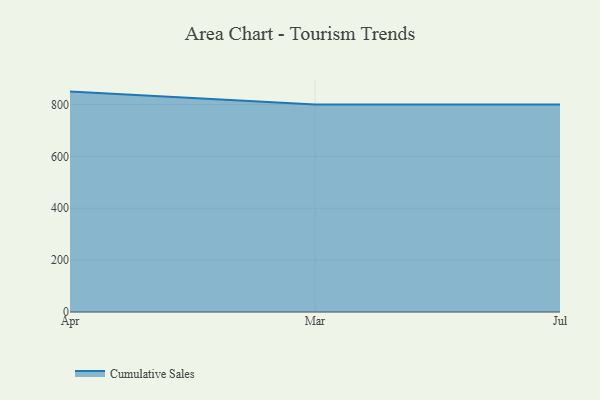
{"axis": {"x": "Month", "y": "Conversion Rate (%)"}, "legend": ["Cumulative Sales"], "data": [{"x": "Apr", "y": 849.7, "type": "Cumulative Sales"}, {"x": "Mar", "y": 800, "type": "Cumulative Sales"}, {"x": "Jul", "y": 800, "type": "Cumulative Sales"}]}